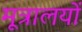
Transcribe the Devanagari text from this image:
मूत्रालयों